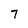
Character: 7